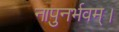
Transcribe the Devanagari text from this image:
नापुनर्भवम्।